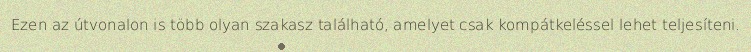
Ezen az útvonalon is több olyan szakasz található, amelyet csak kompátkeléssel lehet teljesíteni.